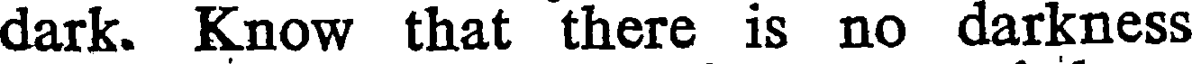
dark. Know that there is no darkness